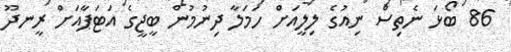
86 ބޯޅަ ނެތިސް ނިއުގެ ލިލީއަށް ހަމަލާ ދިނުމުން ބީޖީގެ އަޓަޕާއަށް ރީނދޫ